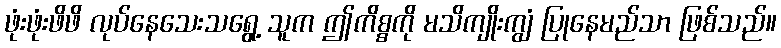
ဖုံးဖုံးဖိဖိ လုပ်နေသေးသရွေ့ သူက ဤကိစ္စကို မသိကျိုးကျွံ ပြုနေမည်သာ ဖြစ်သည်။